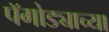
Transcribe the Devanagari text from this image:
पॅगोड्याच्या